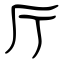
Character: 厅